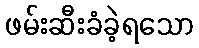
ဖမ်းဆီးခံခဲ့ရသော